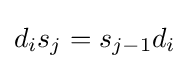
d_{i}s_{j}=s_{j-1}d_{i}